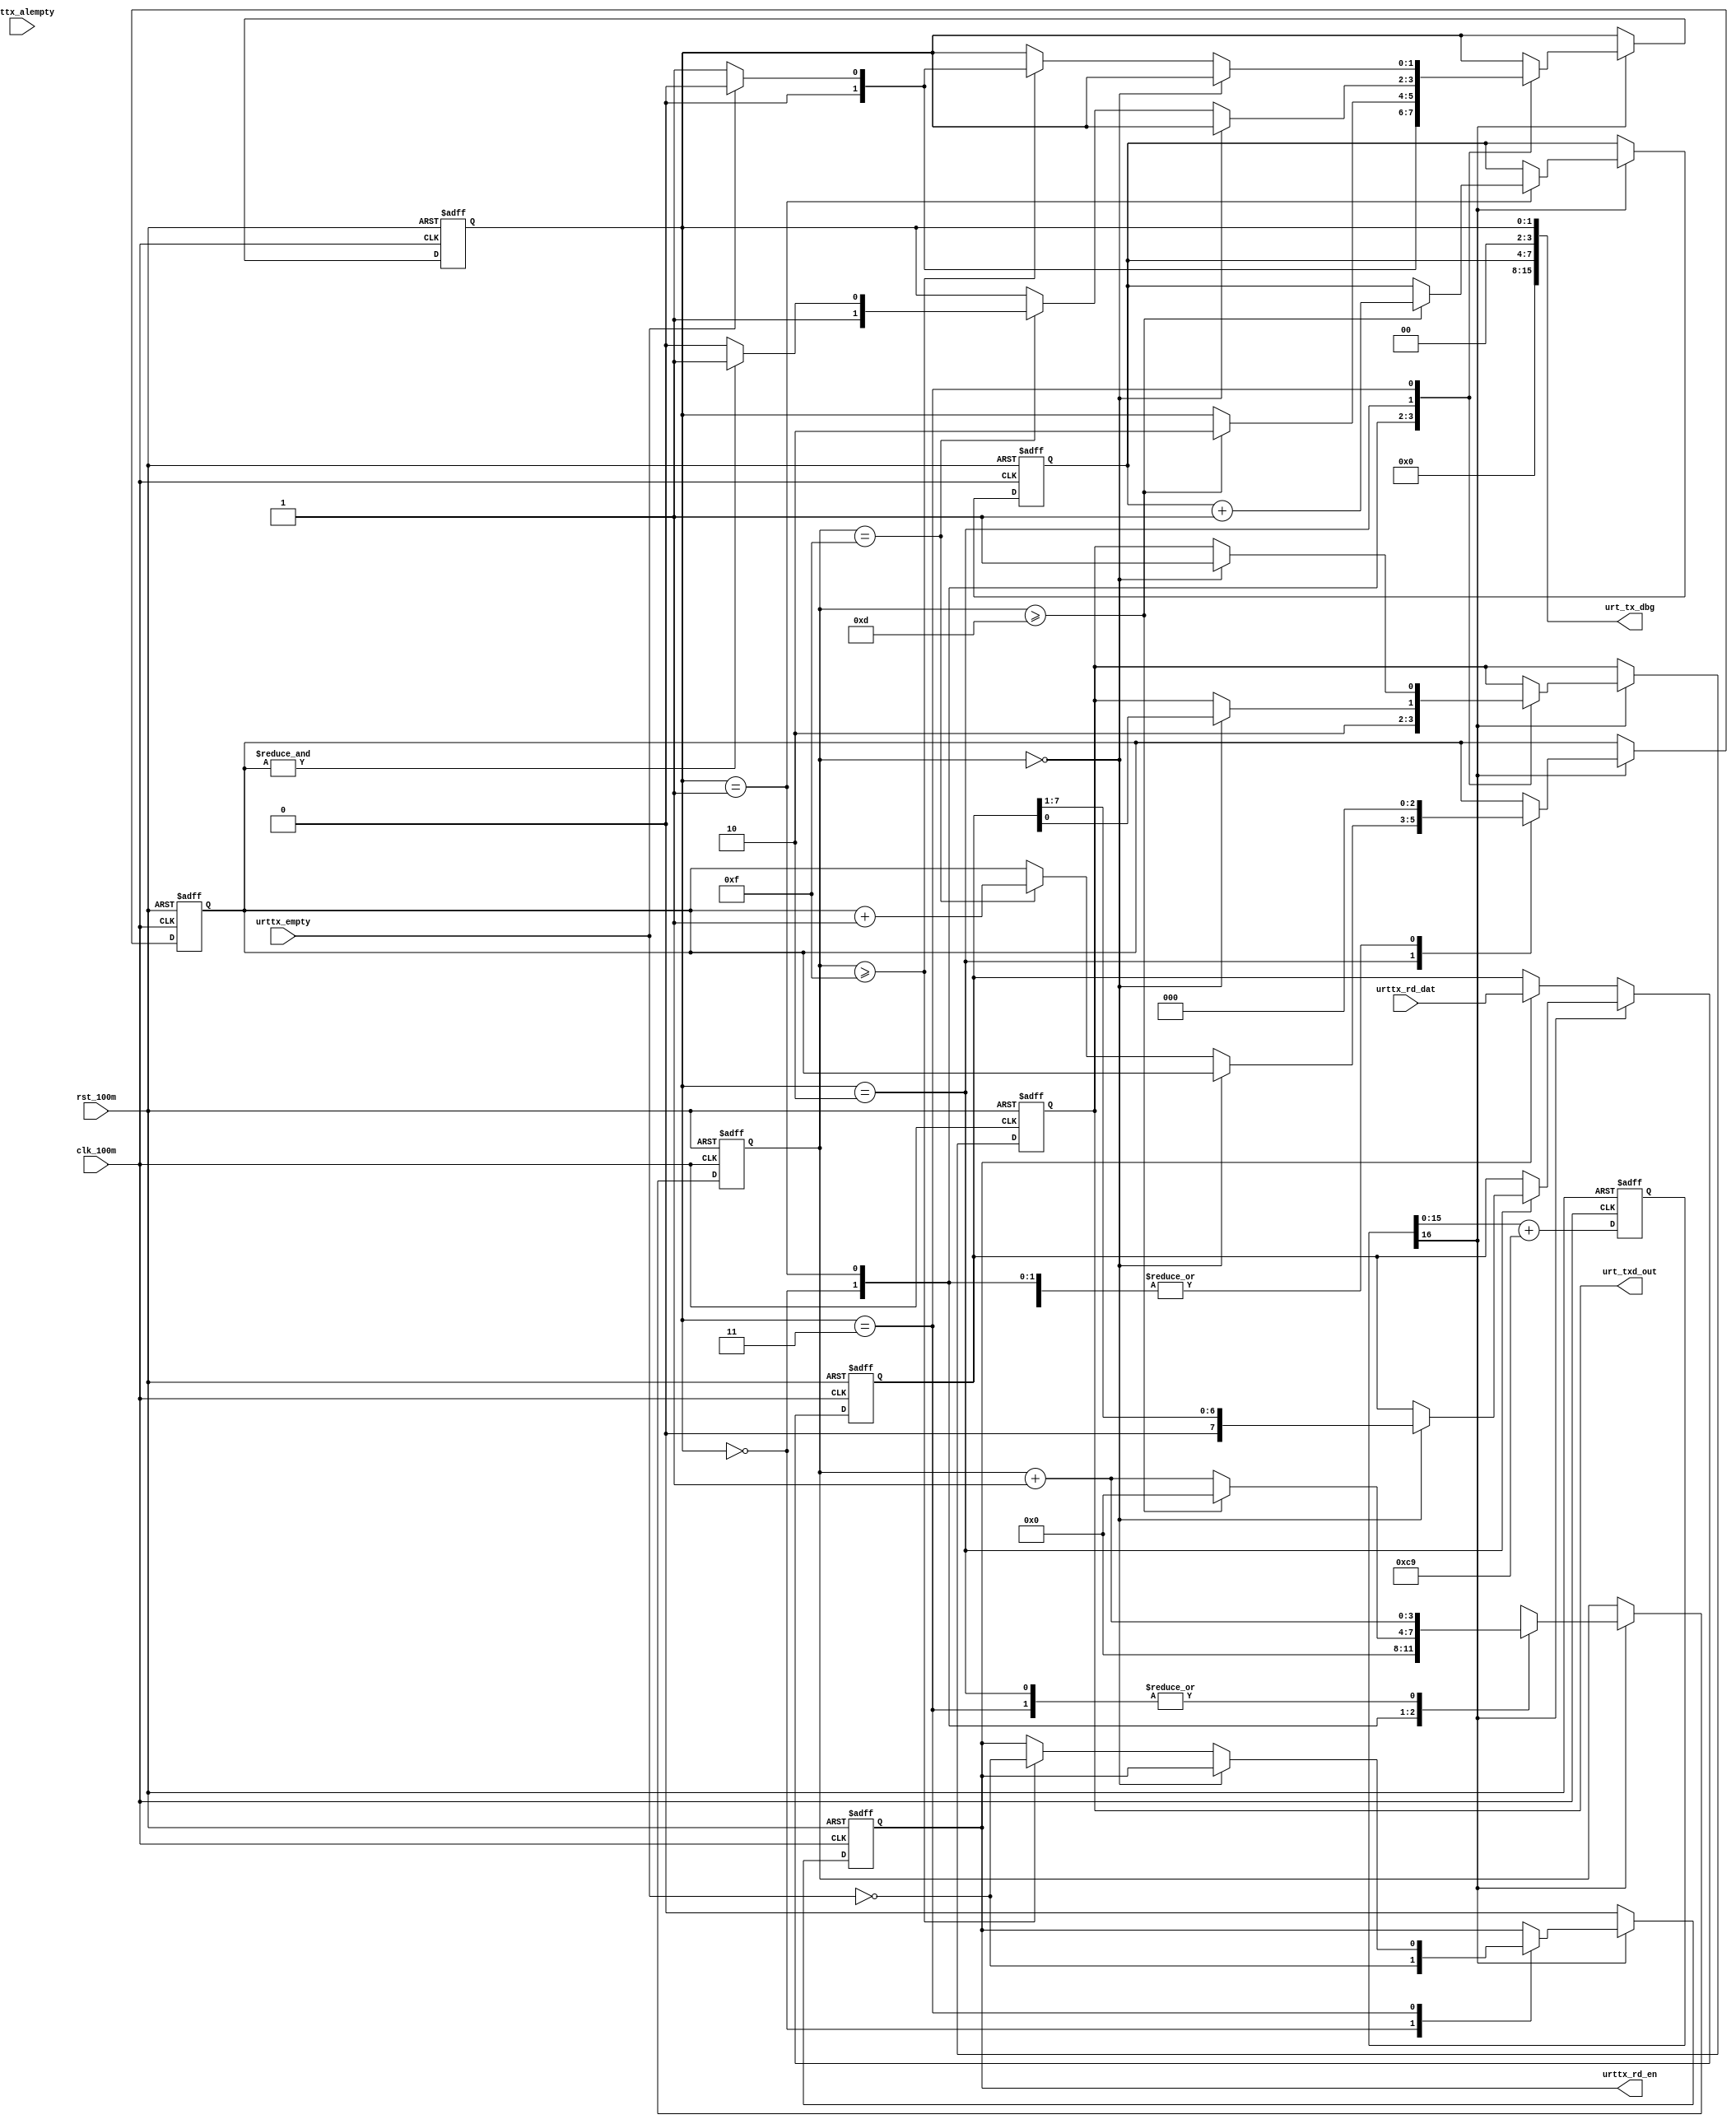
 `timescale 1ns / 1ns                                                               
//////////////////////////////////////////////////////////////////////////////////  
// Company:                                                                         
// Engineer:                                                                        
//                                                                                  
// Design Name:                                                                     
// Module Name:    urt_tx                                                       
// Project Name:                                                                    
// Target Devices:                                                                  
// Tool versions:                                                                   
// Description:*                                         
// attention:                                   
//                                                                                  
// Dependencies:                                                                    
//                                                                                  
// Revision:                                                                        
// Revision 0.01 - File Created                                                     
// Additional Comments:                                                             
//                                                                                  
////////////////////////////////////////////////////////////////////////////////// 
`timescale 1ns/1ps
module urt_tx
    (
    clk_100m,
    rst_100m,
    urttx_alempty,
    urttx_empty,
    urttx_rd_dat,
    //out
    urttx_rd_en,
    urt_txd_out,
    urt_tx_dbg
    );
/******************************************************\
    parameter
\******************************************************/
parameter       U_DLY                   = 1;
parameter       FSM_TX_IDE            	= 2'b00;
parameter       FSM_TX_HEAD             = 2'b01;
parameter       FSM_TX_DATA             = 2'b10;
parameter       FSM_TX_END             	= 2'b11;

parameter       CLK_FREQ            	= 100000000;        //100M
parameter       BAUD_RATE              	= 19200;            //19200
parameter       BAUD_RATE_16X           = BAUD_RATE<<4;  	//16x
parameter       BAUD_ACC_WID  	 		= 16;               //65536
parameter       BAUD_GEN_16X_INC        = ((BAUD_RATE_16X<<(BAUD_ACC_WID - 4))+(CLK_FREQ>>5))/(CLK_FREQ>>4);
/******************************************************\
    ports
\******************************************************/
input                       clk_100m;
input                       rst_100m;

input                       urttx_alempty;
input                       urttx_empty;
input   [7:0]               urttx_rd_dat;

output                      urttx_rd_en;
output                      urt_txd_out;                    // 
output	[15:0]				urt_tx_dbg;
/******************************************************\
    signal
\******************************************************/
//reg output
reg                         urttx_rd_en;
reg                         urt_txd_out;                    // 
//reg inside

reg     [1:0]               fsm_sta;
reg     [7:0]               txd_data_r;
reg     [2:0]               bit_cnt;
reg     [3:0]               baud16x_cnt;
reg     [BAUD_ACC_WID:0]   baud_16x_acc;
reg		[3:0]				uart_tx_cnt;
//wire
wire                        baud16xtick;       //9600*16
/******************************************************\
    assign
\******************************************************/
assign  baud16xtick    = baud_16x_acc[BAUD_ACC_WID];
assign  urt_tx_dbg	= {8'd0,uart_tx_cnt[3:0],2'd0,fsm_sta[1:0]};
/******************************************************\
    main
\******************************************************/
//16
always @ (posedge clk_100m or posedge rst_100m)
begin
    if(rst_100m == 1'b1)
    begin
        baud_16x_acc    <= 17'd0;
    end
    else
    begin
        baud_16x_acc    <= #U_DLY baud_16x_acc[BAUD_ACC_WID - 1:0] + BAUD_GEN_16X_INC;	//can't delete -1
    end
end

always @ (posedge clk_100m or posedge rst_100m)
begin
    if(rst_100m == 1'b1)
    begin
        urt_txd_out             <= 1'b1;
        bit_cnt                 <= 3'd0;
        urttx_rd_en       <= 1'b0;
        txd_data_r[7:0]         <= 8'd0;
        uart_tx_cnt				<= 4'd0;
        baud16x_cnt				<= 4'd0;
        fsm_sta                 <= FSM_TX_IDE;
    end
    else
    begin 
        if(baud16xtick == 1'b1)
        begin
            case(fsm_sta)
                FSM_TX_IDE:
                begin
                    urt_txd_out             <= #U_DLY 1'b1;
                    bit_cnt                 <= #U_DLY 3'd0;
                    baud16x_cnt				<= #U_DLY 4'd0;
                    urttx_rd_en             <= #U_DLY (~urttx_empty);
                    //txd_data_r[7:0]         <= #U_DLY urttx_rd_en ? urttx_rd_dat[7:0] : 8'd0;
                    fsm_sta                 <= #U_DLY (~urttx_empty) ? FSM_TX_HEAD : FSM_TX_IDE;
                end
                FSM_TX_HEAD:
                begin
                    urt_txd_out                <= #U_DLY 1'b0;
                    bit_cnt                 <= #U_DLY 3'd0;
                    if(baud16x_cnt >= 4'hd)    //<16RX<TX
                    begin
                    	uart_tx_cnt				<= #U_DLY uart_tx_cnt + 4'd1;
                    	fsm_sta                 <= #U_DLY FSM_TX_DATA;
                    	baud16x_cnt				<= #U_DLY 4'd0;
                    end
                    else
                    begin
                    	baud16x_cnt				<= #U_DLY baud16x_cnt + 4'd1;
                    end
                end
                FSM_TX_DATA:
                begin
                	baud16x_cnt				<= #U_DLY baud16x_cnt + 4'd1;
                	if(baud16x_cnt == 4'd0)
                	begin
                    	urt_txd_out                <= #U_DLY txd_data_r[0];
                    	txd_data_r[7:0]         <= #U_DLY {1'b0,txd_data_r[7:1]};
                    end
                    else if(baud16x_cnt == 4'hf)
                    begin
                    	bit_cnt                 <= #U_DLY bit_cnt + 3'd1;
                    	fsm_sta                 <= #U_DLY &bit_cnt ? FSM_TX_END : FSM_TX_DATA;
                    end
                    else
                    	;
                end
                FSM_TX_END:
                begin
                	baud16x_cnt				<= #U_DLY baud16x_cnt + 4'd1;
                    bit_cnt                 <= #U_DLY 3'd0;
                	if(baud16x_cnt == 4'd0)
                	begin
                    	urt_txd_out                <= #U_DLY 1'b1;
                    end
                    else if(baud16x_cnt >= 4'hf)	
                    begin
                    	fsm_sta                 <= #U_DLY (~urttx_empty) ? FSM_TX_HEAD : FSM_TX_IDE;
                    	urttx_rd_en       <= #U_DLY (~urttx_empty);
                    end
                    else
                    	;
                end
                default:
                begin
                    urt_txd_out                <= 1'b0;
                    bit_cnt                 <= 3'd0;
                    txd_data_r[7:0]         <= 8'd0;
                    baud16x_cnt				<= 4'd0;
                    fsm_sta                 <= FSM_TX_IDE;
                end
            endcase
        end
        else
        begin
            urttx_rd_en             <= #U_DLY 1'b0;
            txd_data_r[7:0]         <= #U_DLY urttx_rd_en ? urttx_rd_dat[7:0] : txd_data_r;
        end
    end
end
endmodule